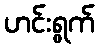
ဟင်းရွက်